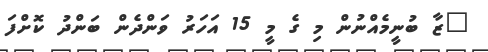
"ޒާ ބުނީމެއްނުން މި ގެ މީ 15 އަަހަރު ވަންދެން ބަންދު ކޮށްފަ